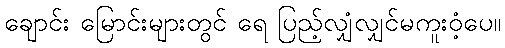
ချောင်း မြောင်းများတွင် ရေ ပြည့်လျှံလျှင်မကူးဝံ့ပေ။